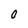
Character: O